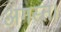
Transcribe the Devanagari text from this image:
अगस्त।